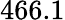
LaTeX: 466.1